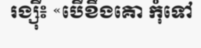
រង្ស៊ី៖ «បើខឹងគោ កុំទៅ